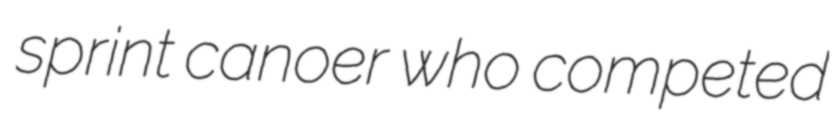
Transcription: sprint canoer who competed